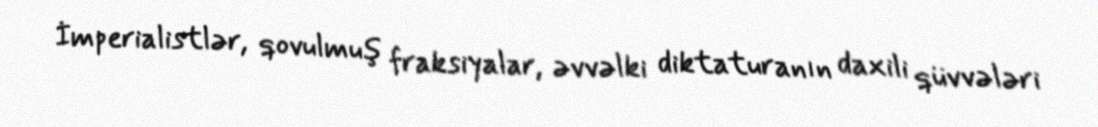
İmperialistlər, qovulmuş fraksiyalar, əvvəlki diktaturanın daxili qüvvələri